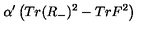
\alpha ^ { \prime } \left( T r ( R _ { - } ) ^ { 2 } - T r F ^ { 2 } \right)